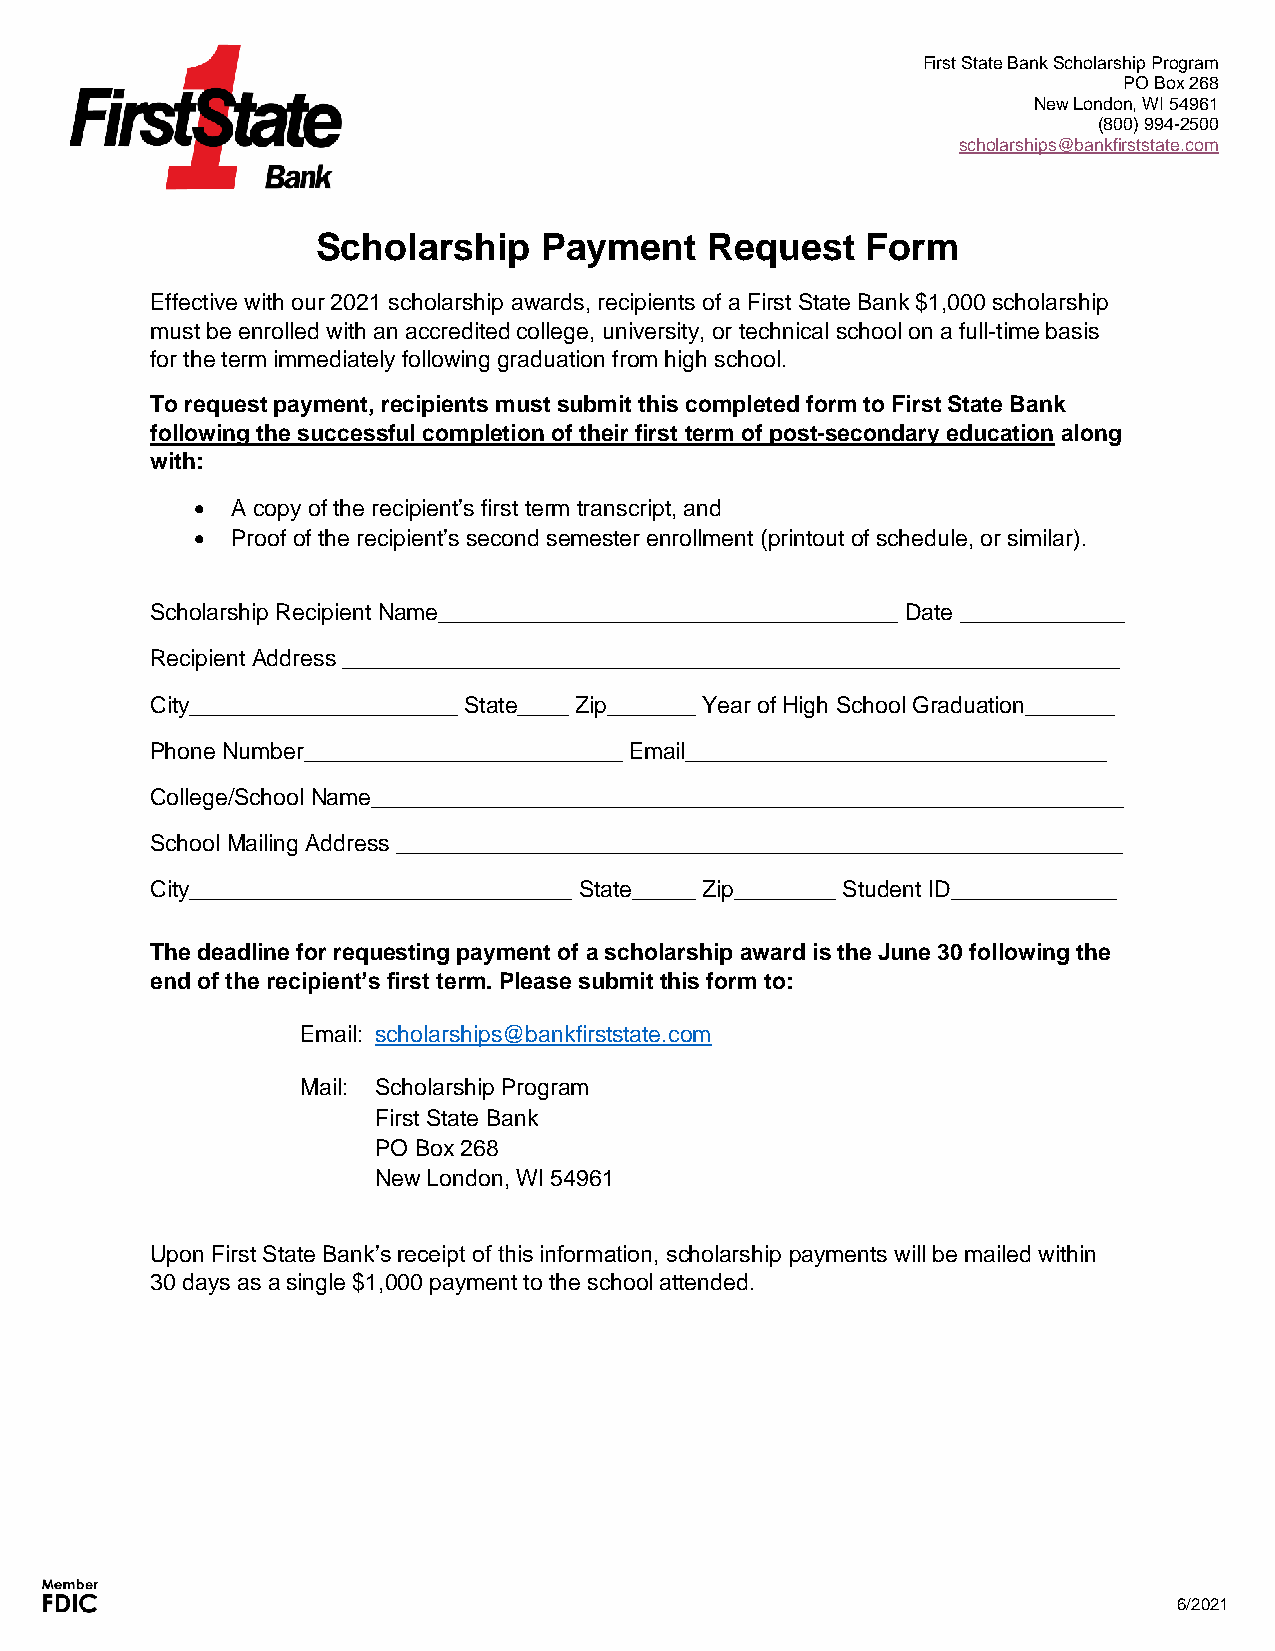
First State Bank Scholarship Program
 PO Box 268
 New London, WI 54961
 (800) 994-2500
 scholarships@bankfirststate.com
 Scholarship    Payment    Request   Form
 Effective with our 2021 scholarship awards, recipients of a First State Bank $1,000 scholarship
 must be enrolled with an accredited college, university, or technical school on a full-time basis
 for the term immediately following graduation from high school.
 To request payment, recipients must submit this completed form to First State Bank
 following the successful completion of their first term of post-secondary education along
 with:
 • A copy of the recipient’s first term transcript, and
 • Proof of the recipient’s second semester enrollment (printout of schedule, or similar).
 Scholarship Recipient Name____________________________________ Date _____________
 Recipient Address _____________________________________________________________
 City_____________________ State____ Zip_______ Year of High School Graduation_______
 Phone Number_________________________ Email_________________________________
 College/School Name___________________________________________________________
 School Mailing Address _________________________________________________________
 City______________________________ State_____ Zip________ Student ID_____________
 The deadline for requesting payment of a scholarship award is the June 30 following the
 end of the recipient’s first term. Please submit this form to:
 Email: scholarships@bankfirststate.com
 Mail: Scholarship Program
 First State Bank
 PO Box 268
 New London, WI 54961
 Upon First State Bank’s receipt of this information, scholarship payments will be mailed within
 30 days as a single $1,000 payment to the school attended.
 6/2021